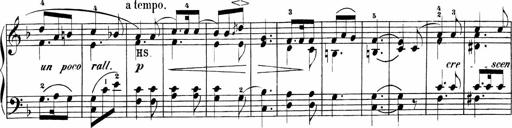
Title: Sonatinen Op.47, 98 und 136, nebst 6 Liedersonatinen
Composer: Carl Reinecke